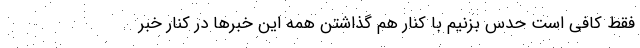
فقط کافی است حدس بزنیم با کنار هم گذاشتن همه این خبرها در کنار خبر